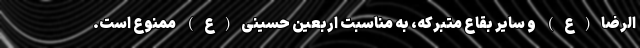
الرضا(ع) و سایر بقاع متبرکه، به مناسبت اربعین حسینی(ع) ممنوع است.